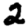
Digit: 2